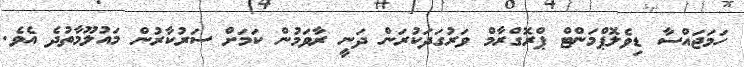
ހަމަޖައްސާ ޑިވެލޮޕްމަންޓް ޕްރޮގްރާމް ވަރުގަދަކުރަން ދަނީ ރާވަމުން ކަމަށް ސަރުކާރުން މައުލޫމާތުދެ އެވެ.